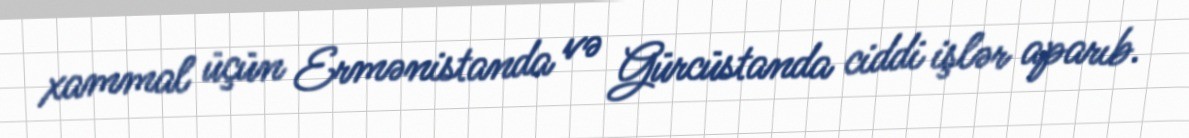
xammal üçün Ermənistanda və Gürcüstanda ciddi işlər aparıb.